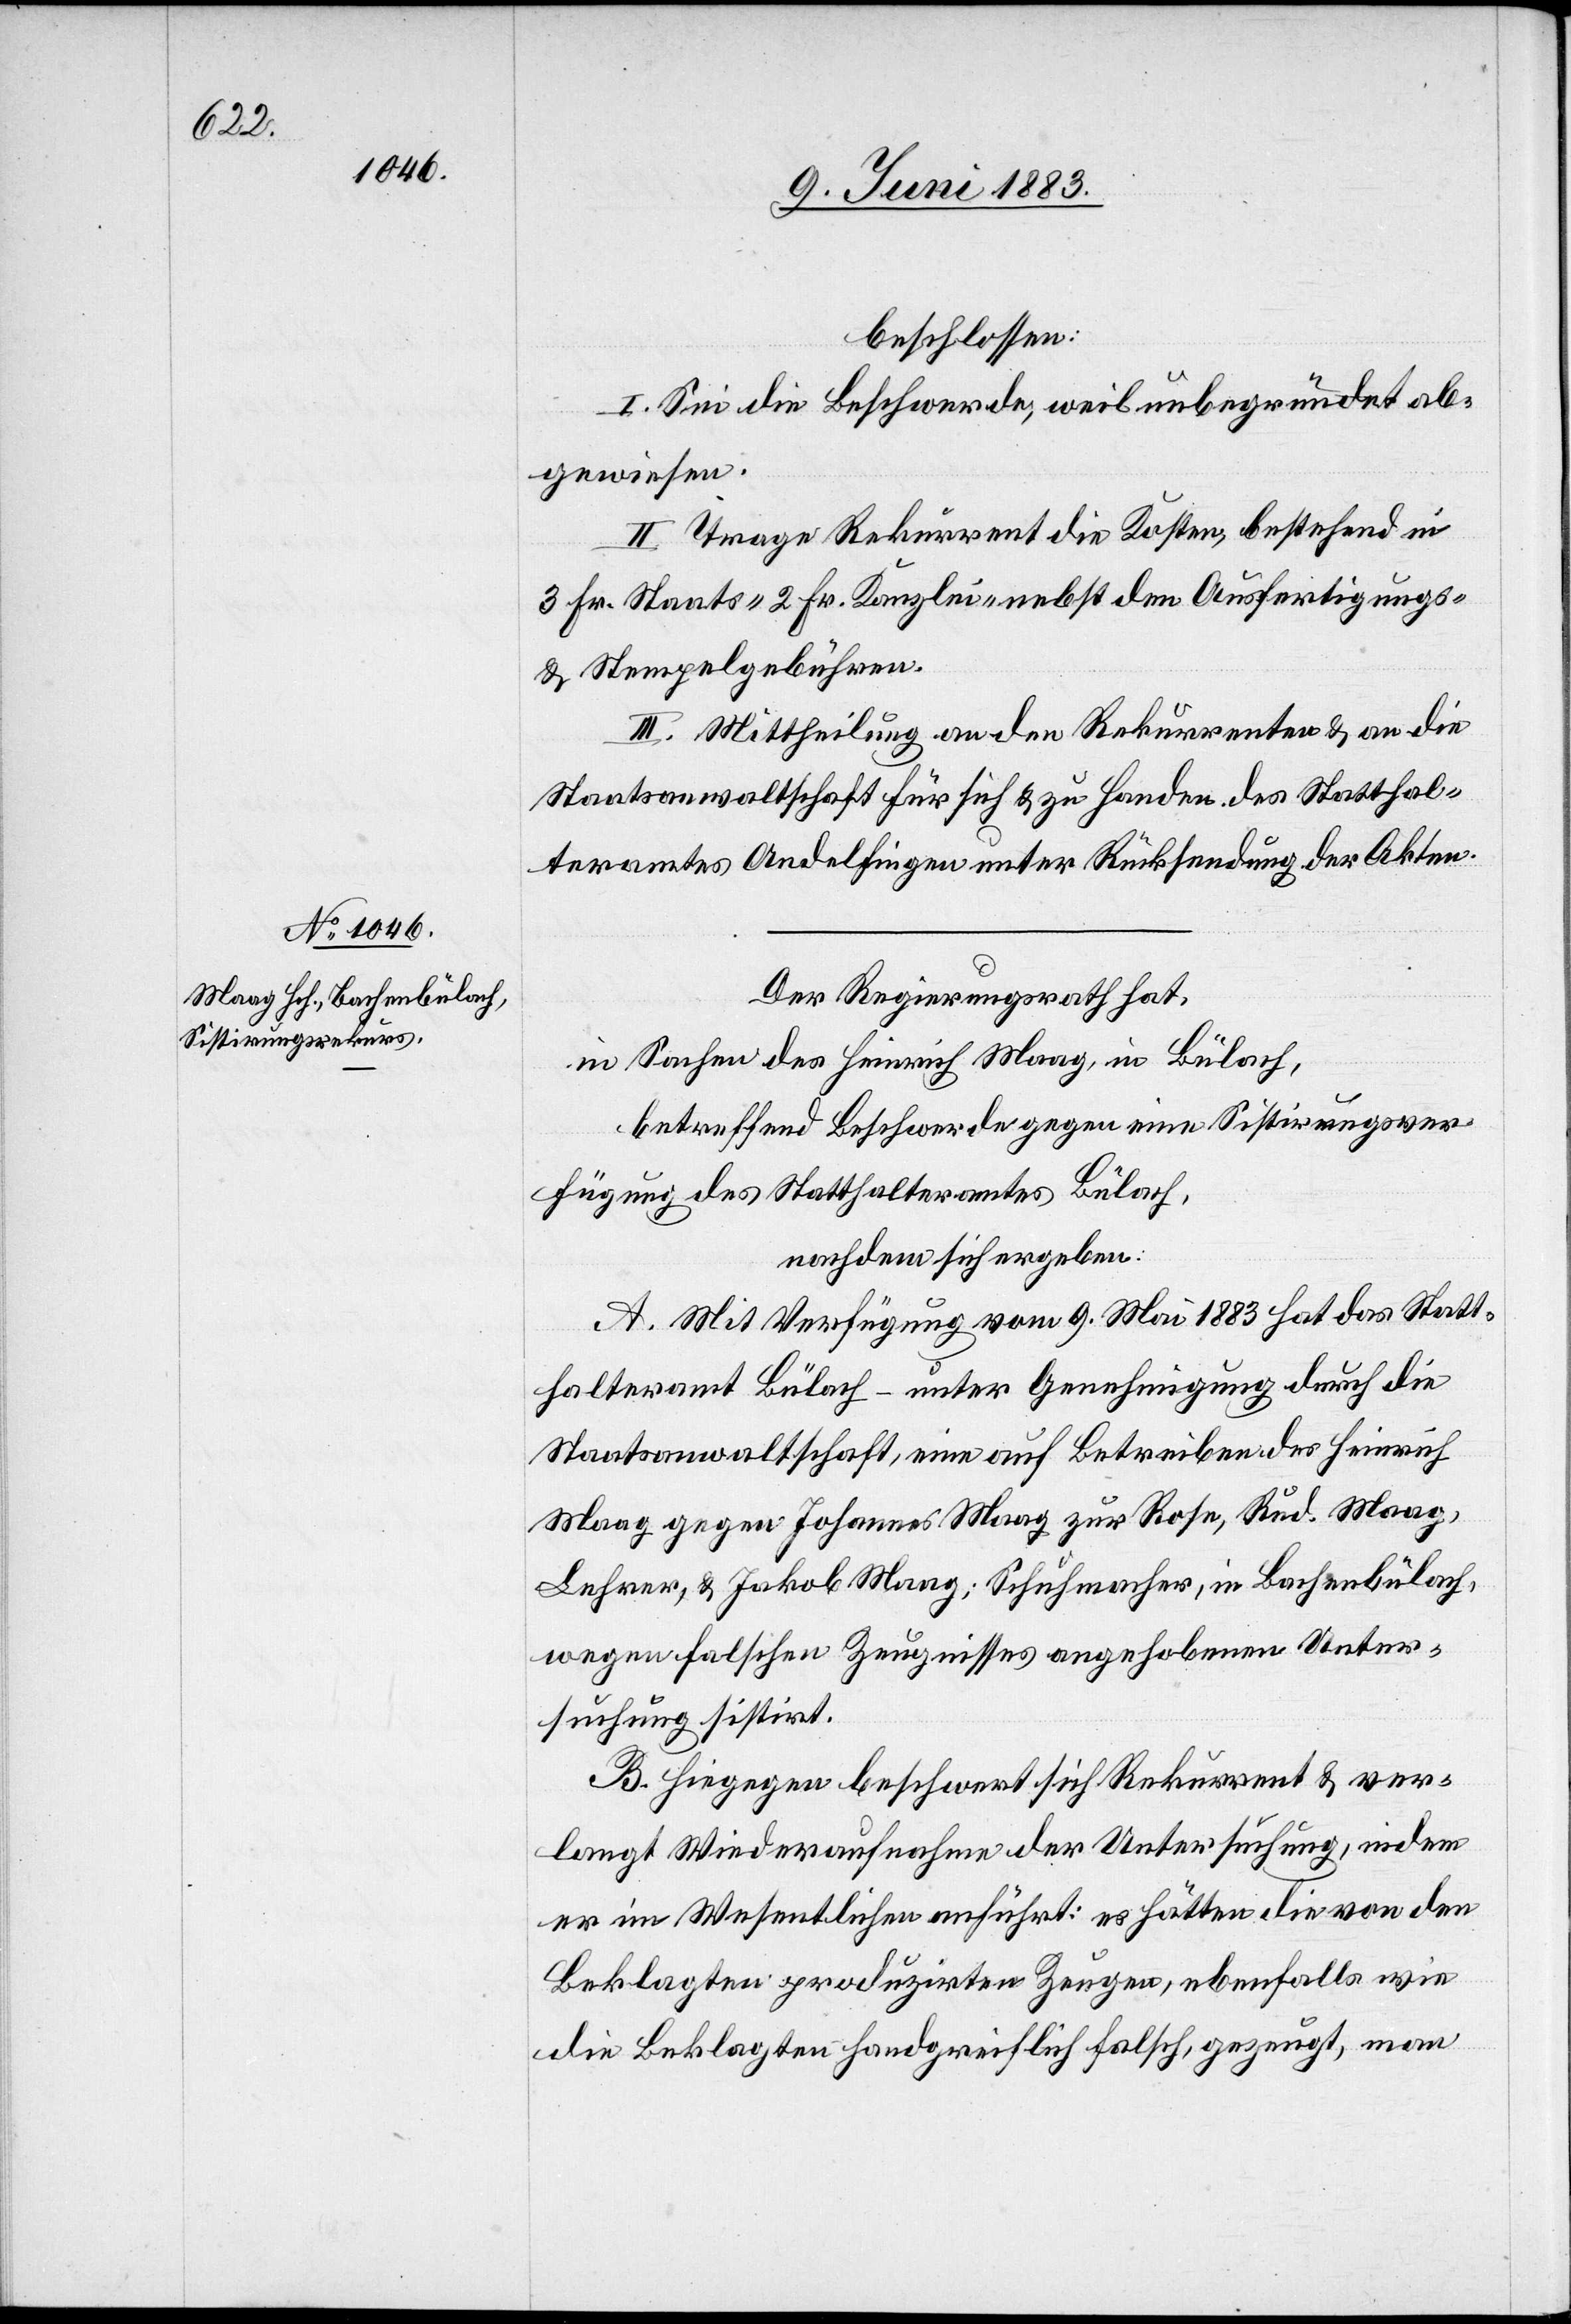
beschlossen:
I. Sei die Beschwerde, weil unbegründet[,] ab¬
gewiesen.
II. Trage Rekurrent die Kosten, bestehend in
3 Fr. Staats-[,] 2 Fr. Kanzlei- nebst den Ausfertigungs-
& Stempelgebühren.
III. Mittheilung an den Rekurrenten & an die
Staatsanwaltschaft für sich & zu Handen des Statthal¬
teramtes Andelfingen unter Rücksendung der Akten.
Der Regierungsrath hat,
in Sachen des Heinrich Maag, in Bülach,
betreffend Beschwerde gegen eine Sistirungsver¬
fügung des Statthalteramtes Bülach,
nachdem sich ergeben:
A. Mit Verfügung vom 9. Mai 1883 hat das Statt¬
halteramt Bülach – unter Genehmigung durch die
Staatsanwaltschaft, eine auf Betreiben des Heinrich
Maag gegen Johannes Maag zur Rose, Rud. Maag,
Lehrer, & Jakob Maag; Schuhmacher, in Bachenbülach,
wegen falschen Zeugnisses angehobenen Unter¬
suchung sistirt.
B. Hiegegen beschwert sich Rekurrent & ver¬
langt Wiederaufnahme der Untersuchung, indem
er im Wesentlichen anführt: es hätten die von den
Beklagten produzirten Zeugen, ebenfalls wie
die Beklagten handgreiflich falsch, gezeugt, man